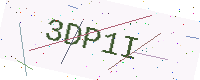
Text: 3DP1I